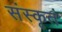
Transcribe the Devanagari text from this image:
संस्कृतं